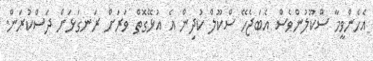
އެހެންވީމާ ސްކޫލުންވެސް އެބަޖެހޭ ސްކޫލް ކުދިން އެ އުޅޭގޮތް ވަރަށް ރަނގަޅަށް ދަސްކުރަން.